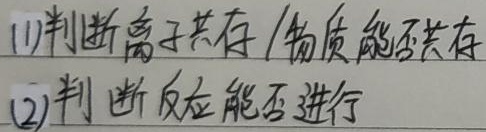
(1)判断离子共存/物质能否共存
(2)判断反应能否进行